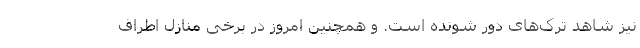
نیز شاهد ترک‌های دور شونده است. و همچنین امروز در برخی منازل اطراف